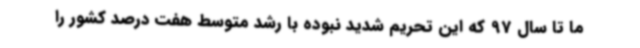
ما تا سال 97 که این تحریم شدید نبوده با رشد متوسط هفت درصد کشور را